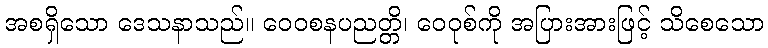
အစရှိသော ဒေသနာသည်။ ဝေဝစနပညတ္တိ၊ ဝေဝုစ်ကို အပြားအားဖြင့် သိစေသော